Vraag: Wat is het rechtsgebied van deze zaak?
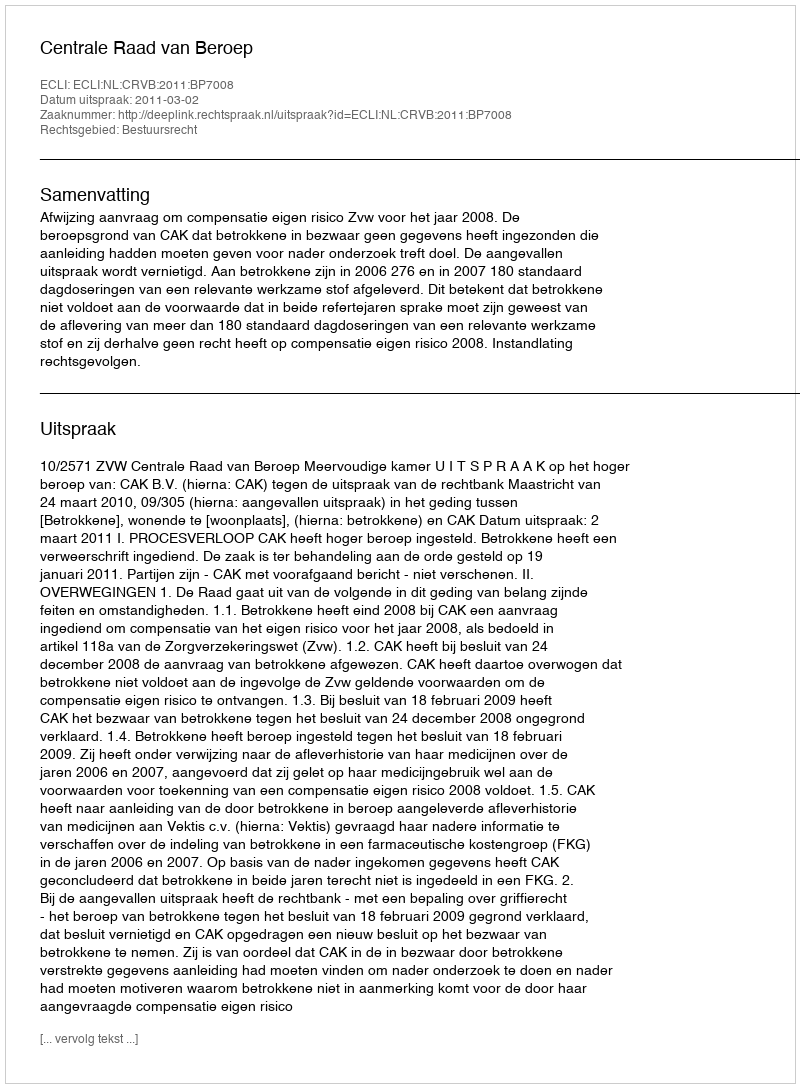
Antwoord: Bestuursrecht